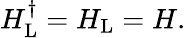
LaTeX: \begin{array}{r}{H_{\mathrm{L}}^{\dagger}=H_{\mathrm{L}}=H.}\end{array}